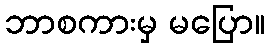
ဘာစကားမှ မပြော။